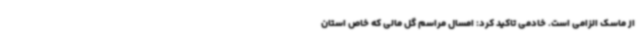
از ماسک الزامی است. خادمی تاکید کرد: امسال مراسم گل مالی که خاص استان